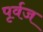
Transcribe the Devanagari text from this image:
पृर्वज